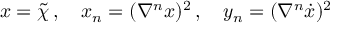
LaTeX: x = \tilde { \chi } \, , \quad x _ { n } = ( \nabla ^ { n } x ) ^ { 2 } \, , \quad y _ { n } = ( \nabla ^ { n } \dot { x } ) ^ { 2 }